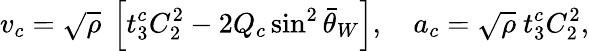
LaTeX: v_{c}=\sqrt{\rho}~\left[t_{3}^{c}C_{2}^{2}-2Q_{c}\sin^{2}\bar{\theta}_{W}\right],\ \ \ \ a_{c}=\sqrt{\rho}~t_{3}^{c}C_{2}^{2},